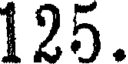
125.